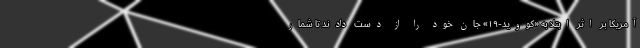
آمریکا بر اثر ابتلا به «کووید-۱۹» جان خود را از دست دادند تا شمار